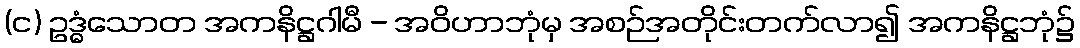
(င) ဥဒ္ဓံသောတ အကနိဋ္ဌဂါမီ - အဝိဟာဘုံမှ အစဉ်အတိုင်းတက်လာ၍ အကနိဋ္ဌဘုံ၌